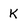
Character: K